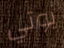
بوتي